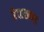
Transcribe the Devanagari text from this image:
रेवाखण्ड